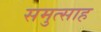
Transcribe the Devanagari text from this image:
समुत्साह